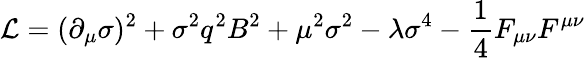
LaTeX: \mathcal{L}=(\partial_{\mu}\sigma)^{2}+\sigma^{2}q^{2}B^{2}+\mu^{2}\sigma^{2}-\lambda\sigma^{4}-\frac{1}{4}F_{\mu\nu}F^{\mu\nu}